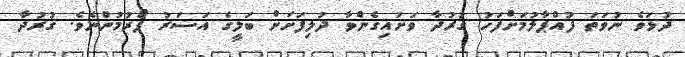
ދުޅަވެ ނުވަތަ ފުއްޕާލުމަށްފަހު ގުރުދާ ވަށައިގެންވާ ދުލިފަށަށް ބަލީގެ އަސަރު ފޯރުމުންނެވެ. ގުރުދާ